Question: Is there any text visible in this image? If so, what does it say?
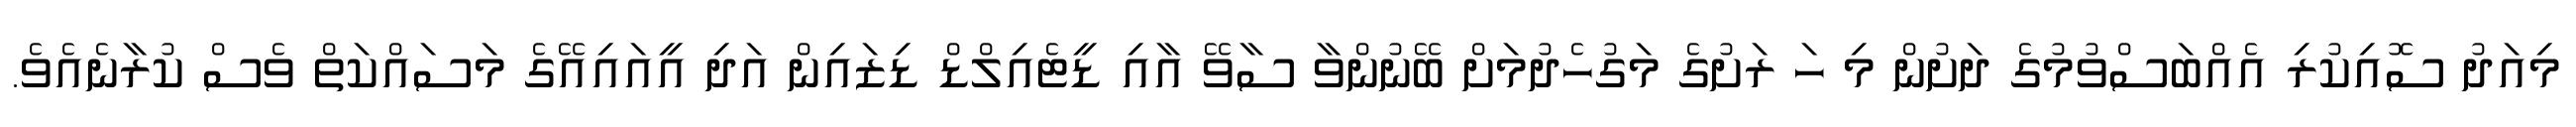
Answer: މިއަދު ސޮއިކުރި އެއްބަސްވުމުގެ ދަށުން މި ހަ ރަށުގެ މަގުހެދުމަށް ބޭނުންވާ ސާވޭ އާއި ޑީޓެއިލްޑް ޑިޒައިން އަދި އީއައިއޭގެ މަސައްކަތް ވެސް ކުރާނެއެވެ.